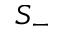
S _ { - }